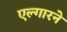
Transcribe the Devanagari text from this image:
एल्गारने